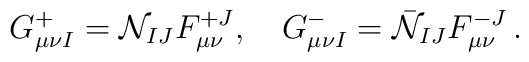
G^+_{\mu\nu I}={\cal N}_{IJ}F^{+J}_{\mu\nu},\quad G^-_{\mu\nu I}=\bar{\cal N}_{IJ}F^{-J}_{\mu\nu}\, .